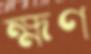
হ্মণ